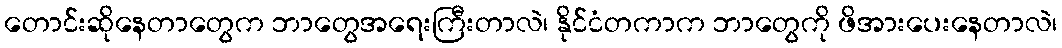
တောင်းဆိုနေတာတွေက ဘာတွေအရေးကြီးတာလဲ၊ နိုင်ငံတကာက ဘာတွေကို ဖိအားပေးနေတာလဲ၊